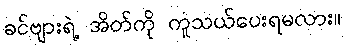
ခင်ဗျားရဲ့ အိတ်ကို ကူသယ်ပေးရမလား။